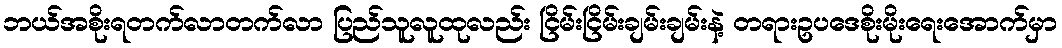
ဘယ်အစိုးရတက်လာတက်လာ ပြည်သူလူထုလည်း ငြိမ်းငြိမ်းချမ်းချမ်းနဲ့ တရားဥပဒေစိုးမိုးရေးအောက်မှာ